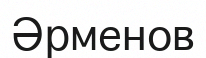
Әрменов